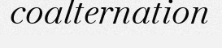
coalternation